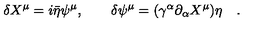
\delta X ^ { \mu } = i \bar { \eta } \psi ^ { \mu } , \quad \quad \delta \psi ^ { \mu } = ( \gamma ^ { \alpha } \partial _ { \alpha } X ^ { \mu } ) \eta \quad .